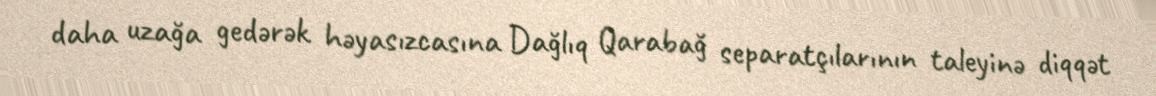
daha uzağa gedərək həyasızcasına Dağlıq Qarabağ separatçılarının taleyinə diqqət